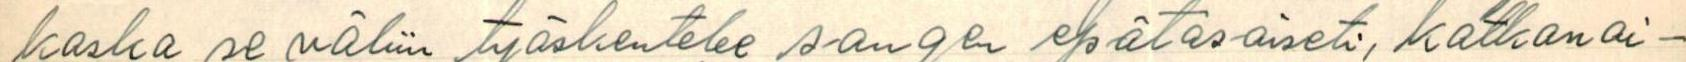
koska se väliin työskentelee sangen epätasaisesti, katkonai-